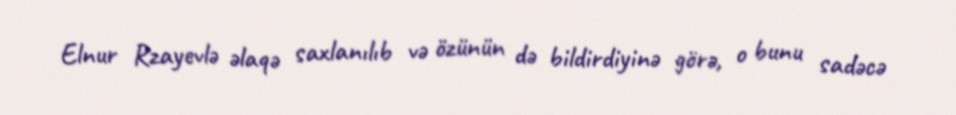
Elnur Rzayevlə əlaqə saxlanılıb və özünün də bildirdiyinə görə, o bunu sadəcə